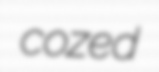
cozed